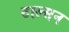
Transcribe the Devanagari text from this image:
टाल्सन